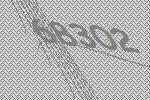
68302